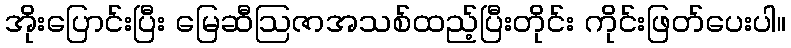
အိုးပြောင်းပြီး မြေဆီဩဇာအသစ်ထည့်ပြီးတိုင်း ကိုင်းဖြတ်ပေးပါ။